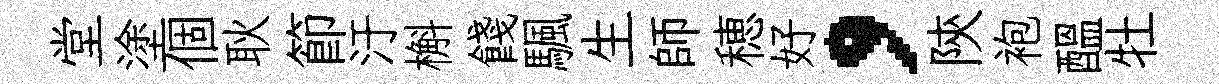
堂塗個耿節汙槲餞颿生師穂好，陝袍醖牡